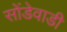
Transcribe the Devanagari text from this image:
सोंडेवाडी